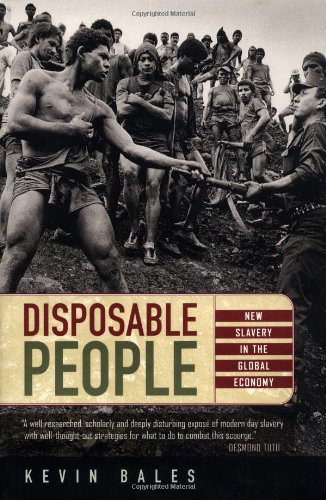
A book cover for Disposable People: New Slavery in the Global Economy; Kevin Bales; Politics & Social Sciences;